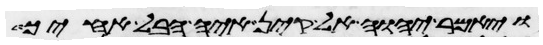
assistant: ויאמר יהוה אל קין איה הבל אחיך